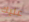
عليك